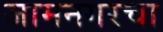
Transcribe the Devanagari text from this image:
जामनगरचा